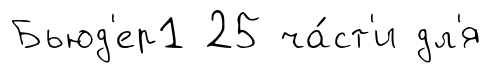
Бьюд'ер1 25 ча́ст'и дл'я